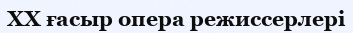
XX ғасыр опера режиссерлері